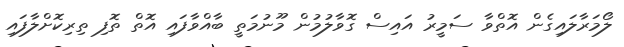
ލޯމަރާލައިގެން އޮތްވާ ސަމީރު އައިސް ގޮވާލުމުން މޫނުމަތީ ބާއްވާފައި އޮތް ތޮފި ތިރިކޮށްލާފައި